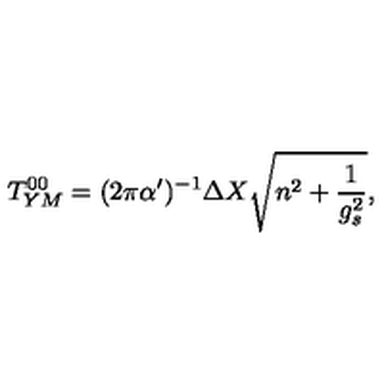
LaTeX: T _ { Y M } ^ { 0 0 } = ( 2 \pi \alpha ^ { \prime } ) ^ { - 1 } \Delta X \sqrt { n ^ { 2 } + \frac { 1 } { g _ { s } ^ { 2 } } } ,